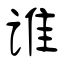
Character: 谁